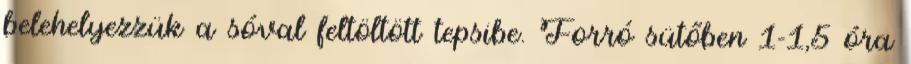
belehelyezzük a sóval feltöltött tepsibe. Forró sütőben 1-1,5 óra